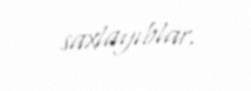
saxlayıblar.